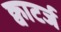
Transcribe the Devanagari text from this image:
क्वाटर्ज